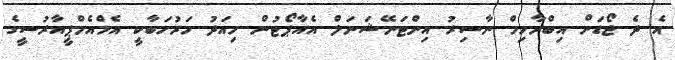
އެ ދެ ޖޯޑަށް އިބްރާހިމް ނާސިރު އިންޓަނޭޝަނަލް އެއާޕޯޓުން މިއަދު މަރުހަބާކީ އެމްއެމްޕީއާރުސީގެ